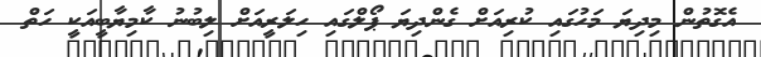
އެގޮތުން މިދިޔަ މަހުގައި ކުރިއަށް ގެންދިޔަ ޕޯލްގައި ހިލަރީއަށް ލިބުުނު ކާމިޔާބީއަކީ ހަތް